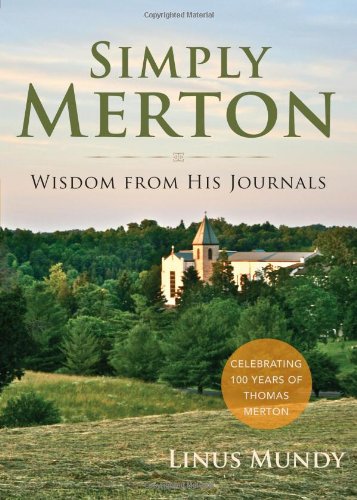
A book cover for Simply Merton: Wisdom from His Journals; Linus Mundy; Christian Books & Bibles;